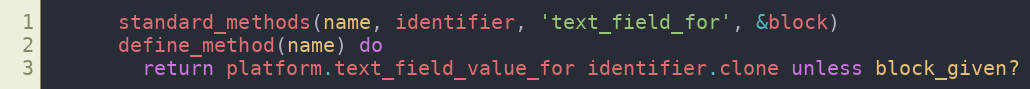
Language: Ruby
      standard_methods(name, identifier, 'text_field_for', &block)
      define_method(name) do
        return platform.text_field_value_for identifier.clone unless block_given?